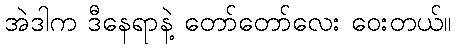
အဲဒါက ဒီနေရာနဲ့ တော်တော်လေး ဝေးတယ်။